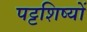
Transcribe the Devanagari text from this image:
पट्टशिष्यों